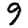
Digit: 9